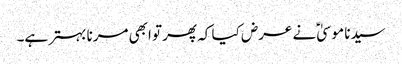
سیدنا موسیٰؑ نے عرض کیا کہ پھر تو ابھی مرنا بہتر ہے۔